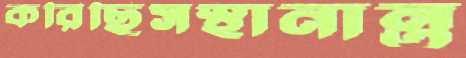
করিছিসস্থানান্ত